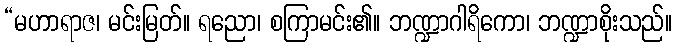
“မဟာရာဇ၊ မင်းမြတ်။ ရညော၊ စကြာမင်း၏။ ဘဏ္ဍာဂါရိကော၊ ဘဏ္ဍာစိုးသည်။